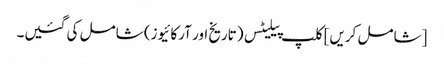
[شامل کریں] کلپ پیلیٹس (تاریخ اور آرکائیوز) شامل کی گئیں۔